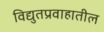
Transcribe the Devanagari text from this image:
विद्युतप्रवाहातील